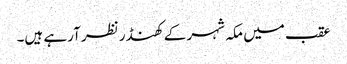
عقب میں مکہ شہر کے کھنڈر نظر آرہے ہیں۔